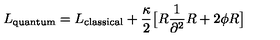
L _ { \mathrm { q u a n t u m } } = L _ { \mathrm { c l a s s i c a l } } + { \frac { \kappa } { 2 } } \big [ R { \frac { 1 } { \partial ^ { 2 } } } R + 2 \phi R \big ]